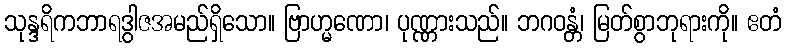
သုန္ဒရိကဘာရဒွါဇအမည်ရှိသော။ ဗြာဟ္မဏော၊ ပုဏ္ဏားသည်။ ဘဂဝန္တံ၊ မြတ်စွာဘုရားကို။ ဧတံ